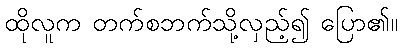
ထိုလူက တက်စဘက်သို့လှည့်၍ ပြော၏။